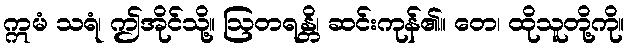
ဣမံ သရံ၊ ဤအိုင်သို့။ ဩတရန္တိ၊ ဆင်းကုန်၏။ တေ၊ ထိုသူတို့ကို။